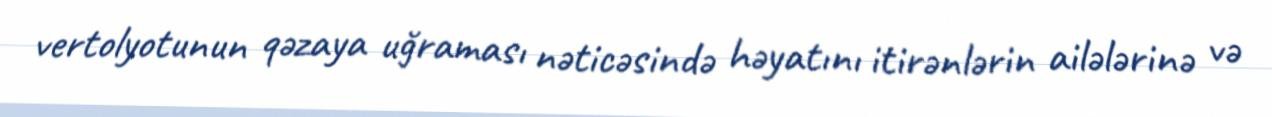
vertolyotunun qəzaya uğraması nəticəsində həyatını itirənlərin ailələrinə və